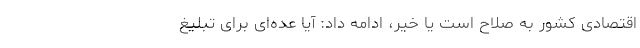
اقتصادی کشور به صلاح است یا خیر، ادامه داد: آیا عده‌ای برای تبلیغ